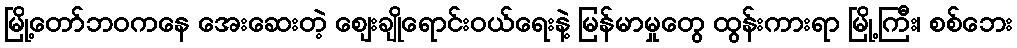
မြို့တော်ဘဝကနေ အေးဆေးတဲ့ ဈေးချိုရောင်းဝယ်ရေးနဲ့ မြန်မာမှုတွေ ထွန်းကားရာ မြို့ကြီး၊ စစ်ဘေး